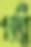
গল্লি